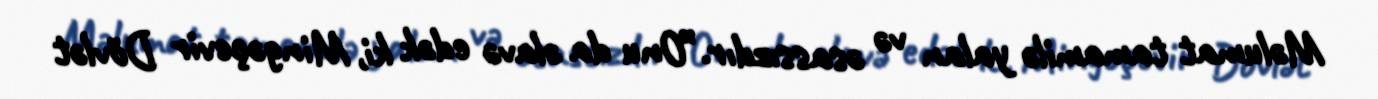
Məlumat tamamilə yalan və əsassızdır.”Onu da əlavə edək ki, Mingəçevir Dövlət